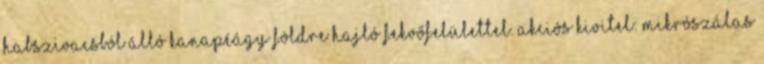
habszivacsból álló kanapéágy földre hajló fekvőfelülettel. Akciós kivitel: mikrószálas